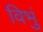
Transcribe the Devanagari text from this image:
विभुं